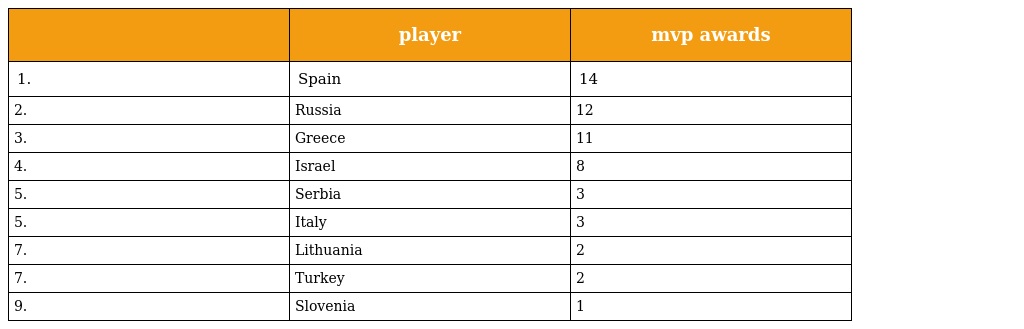
|  | player | mvp awards |
 | --- | --- | --- |
 | 1. | Spain | 14 |
 | 2. | Russia | 12 |
 | 3. | Greece | 11 |
 | 4. | Israel | 8 |
 | 5. | Serbia | 3 |
 | 5. | Italy | 3 |
 | 7. | Lithuania | 2 |
 | 7. | Turkey | 2 |
 | 9. | Slovenia | 1 |